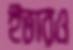
ইভারও